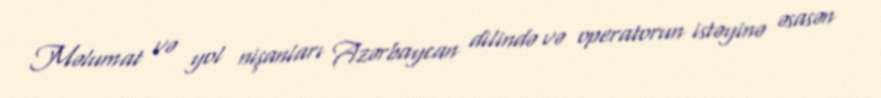
Məlumat və yol nişanları Azərbaycan dilində və operatorun istəyinə əsasən